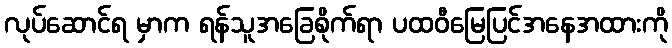
လုပ်ဆောင်ရ မှာက ရန်သူအခြေစိုက်ရာ ပထဝီမြေပြင်အနေအထားကို